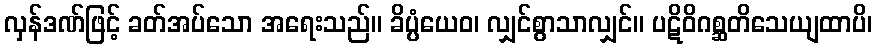
လှန်ဒဏ်ဖြင့် ခတ်အပ်သော အရေးသည်။ ခိပ္ပံယေဝ၊ လျှင်စွာသာလျှင်။ ပဋိဝိဂစ္ဆတိသေယျထာပိ၊